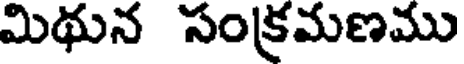
మిథున సంక్రమణము